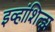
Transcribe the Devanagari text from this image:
इव्हांशित्झ